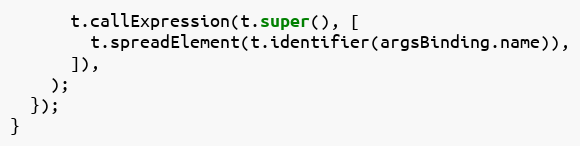
Language: JavaScript
      t.callExpression(t.super(), [
        t.spreadElement(t.identifier(argsBinding.name)),
      ]),
    );
  });
}